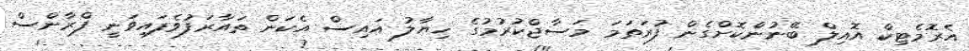
އެރޮމެޓިކް އޮއިލް ބޭނުންކޮށްގެން ފުރަތަމަ މަސާޖްކުރުމުގެ ޚިޔާލު އައިސް އެކަން ތައާރަފުވެފައިވަނީ ފްރާންސް